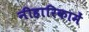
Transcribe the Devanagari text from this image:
नीहारिकामें